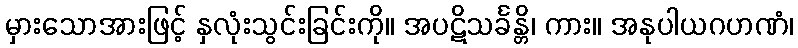
မှားသောအားဖြင့် နှလုံးသွင်းခြင်းကို။ အပဋိသင်္ခန္တိ၊ ကား။ အနုပါယဂဟဏံ၊